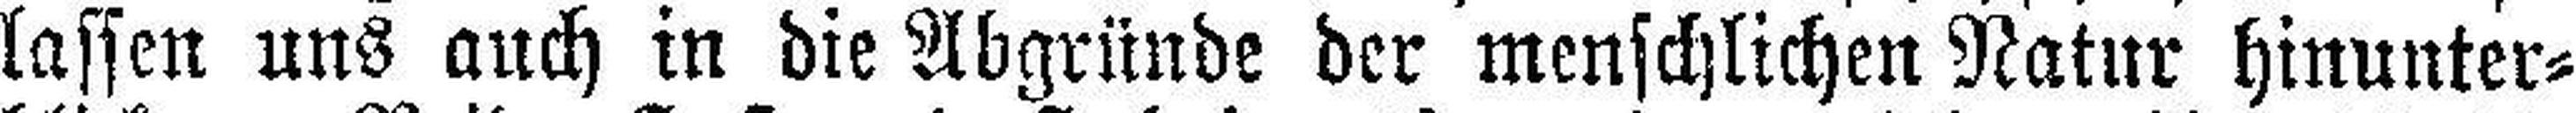
lassen uns auch in die Abgründe der menschlichen Natur hinunter¬